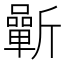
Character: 𣃓